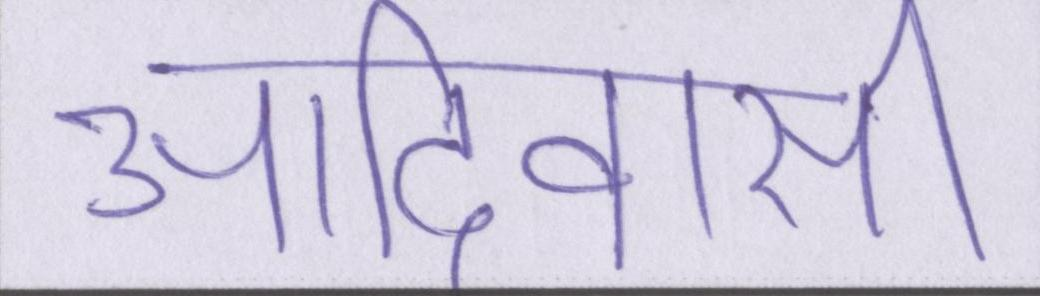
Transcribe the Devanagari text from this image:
आदिवासी